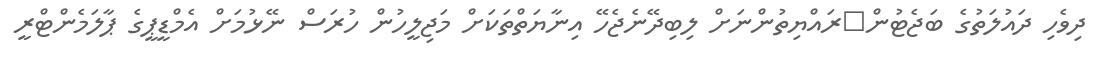
ދިވެހި ދައުލަތުގެ ބަޖެޓުން	ރައްޔިތުންނަށް ލިބިދޭނެޖެހޭ އިނާޔަތްތަކަށް މަޖިލީހުން ހުރަސް ނޭޅުމަށް އެމްޑީޕީގެ ޕާލަމެންޓްރީ